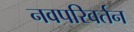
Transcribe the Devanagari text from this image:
नवपरिवर्तन